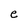
Character: e